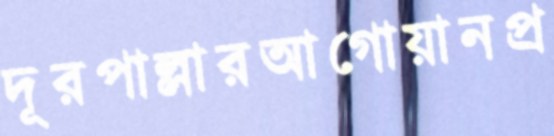
দূরপাল্লারআগোয়ানপ্র